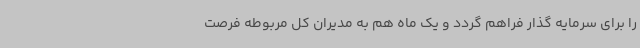
را برای سرمایه گذار فراهم گردد و یک ماه هم به مدیران کل مربوطه فرصت